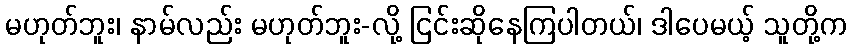
မဟုတ်ဘူး၊ နာမ်လည်း မဟုတ်ဘူး-လို့ ငြင်းဆိုနေကြပါတယ်၊ ဒါပေမယ့် သူတို့က